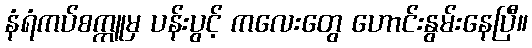
နံရံကပ်စက္ကူမှ ပန်းပွင့် ကလေးတွေ ဟောင်းနွမ်းနေပြီ။